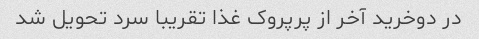
در دو‌خرید آخر از پرپروک غذا تقریبا سرد تحویل شد